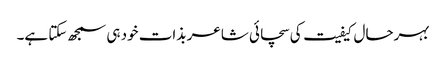
بہرحال کیفیت کی سچائی شاعر بذات خود ہی سمجھ سکتا ہے۔